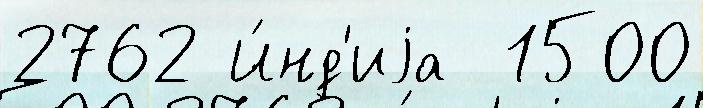
2762 И́нд'иjа  1500